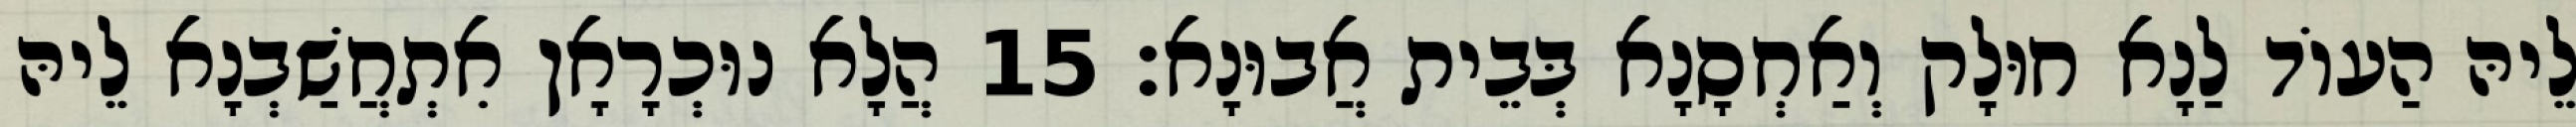
לֵיהּ הַעוֹד לַנָא חוּלָק וְאַחְסָנָא בְּבֵית אֲבוּנָא׃ 15 הֲלָא נוּכְרָאָן אִתְחֲשַׁבְנָא לֵיהּ